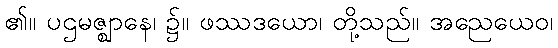
၏။ ပဌမဇ္ဈာနေ၊ ၌။ ဖဿဒယော၊ တို့သည်။ အညေယေဝ၊